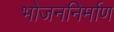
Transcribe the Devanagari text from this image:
भोजननिर्माण